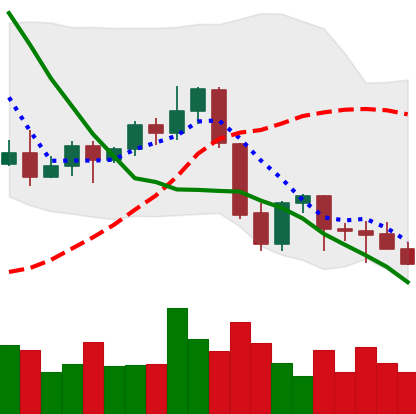
Ticker: EOS-USD
Chart end date: 2021-09-28
Forward return: 26.049%
Label: up_7plus